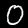
Label: 0